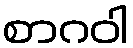
စာဂဝါ